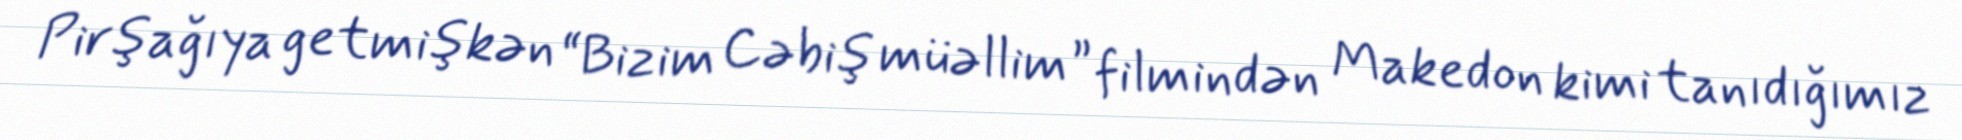
Pirşağıya getmişkən “Bizim Cəbiş müəllim” filmindən Makedon kimi tanıdığımız